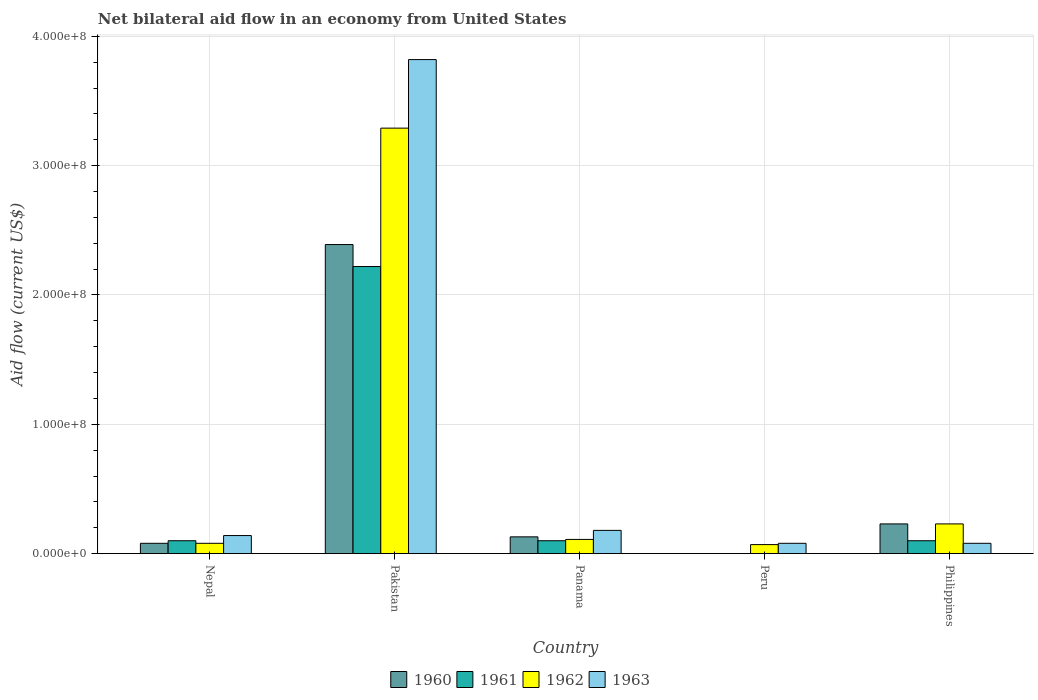
| Country | 1960 | 1961 | 1962 | 1963 |
 | --- | --- | --- | --- | --- |
 | Nepal | 8e+06 | 1e+07 | 8e+06 | 1.4e+07 |
 | Pakistan | 2.39e+08 | 2.22e+08 | 3.29e+08 | 3.82e+08 |
 | Panama | 1.3e+07 | 1e+07 | 1.1e+07 | 1.8e+07 |
 | Peru | -1e+07 | -1.8e+07 | 7e+06 | 8e+06 |
 | Philippines | 2.3e+07 | 1e+07 | 2.3e+07 | 8e+06 |